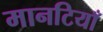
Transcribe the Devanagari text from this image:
मानटियाँ